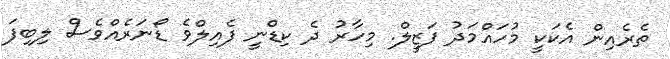
ތެރެއިން އެކަކީ މުހަައްމަދު ފަޒީލް. މިހާރު ދެ ކިޑްނީ ފެއިލްވެ ޑޯނަރެއްވެސް ލިބިފަ